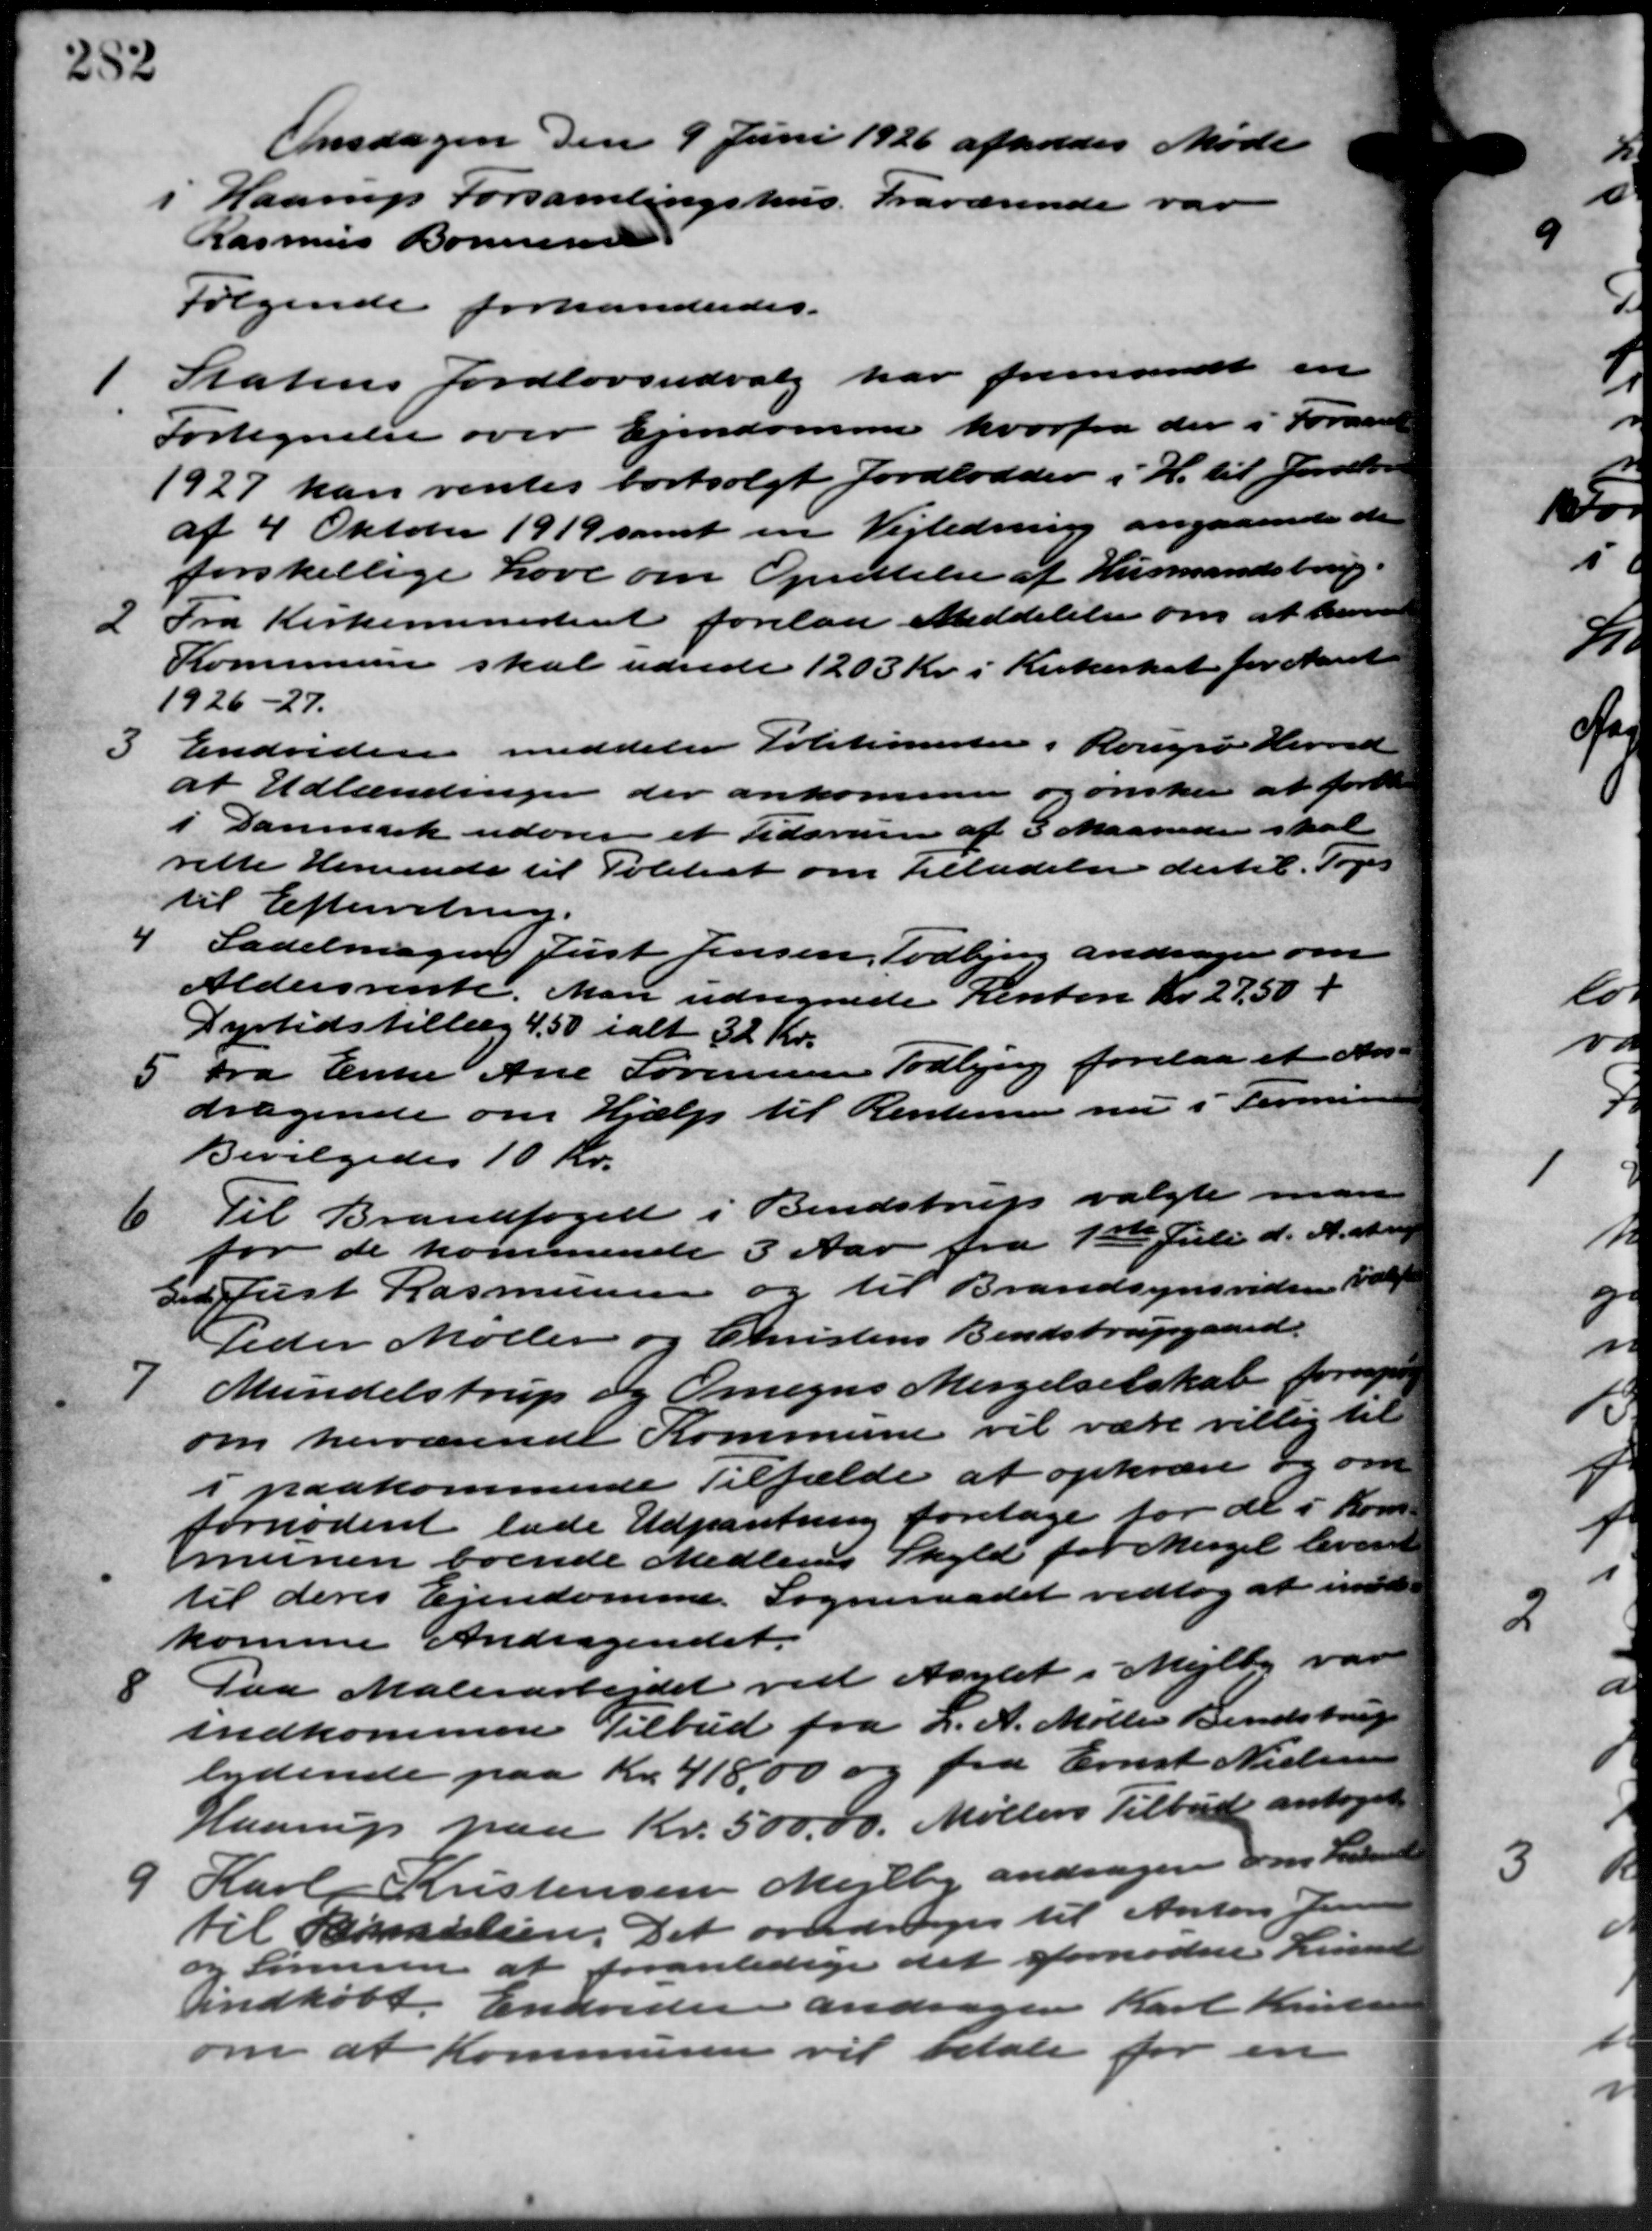
Transskription:
Onsdagen den 9 Juni 1926 afholdes Møde
i Haarup Forsamlingshus. Fraværende var
Rasmus Bonnesen
Følgende forhandledes.

Statens Jordlovsudvalg har fremsendt en
Fortegnelse over Ejendomme hvorfra der i Foraaret
1927 kan ventes bortsolgt Jordlodder i H. til Jordbor
af 4 Oktober 1919 samt en Vejledning angaaende den
forskellige Love om Oprettelse af Husmandsbrug.
2
Fra Kirkeministeriet forelaa Meddelelse om at bev
Kommunen skal udrede 1203 Kr. i Kirkeskat for Aaret
1926-27.
3
Endvidere meddeler Politimestere i Rougsø Herred
at Udlændingen der ankommen og ønsker at forel
i Danmark udover et Tidsrum af 3 Maaneder skal
rette Henvende til Politiet om Tilladelse dertil. Toges
til Efterretning.
4
Sadelmager Just Jensen, Todbjerg andrager om
Aldersrente. Man udregnede Renten Kr. 27,50 +
Dyrtidstillæg 4,50 ialt 32 Kr.
5 Fra Enke Ane Sørensen Todbjerg forelaa et An-
5 Fra Enke Ane Sørensen Todbjerg forelaa et An-
dragende om Hjælp til Renterne nu i Termin
Bevilgedes 10 Kr.
6
Til Brandfoged i Bendstrup valgte man
for de kommende 3 Aar fra 1ste Juli d. A. at n
tid Just Rasmussen og til Brandsynsvideren valgt
Peder Møller og Christens Bendstrupgaard.
7
Mundelstrup og Omegns Mergelselskab fornye
om herværende Kommune vil være villig til
i paakommende Tilfælde at opkræve og om
fornødent lade Udpantning foretage for de i Kom
munen boende Medlems Skyld for Mergel leveret
til deres Ejendomme. Sogneraadet vedtog at imøde
komme Andragendet.

Paa Malerarbejdet ved Asylet i Mejlby vare
indkommen Tilbud fra L. A. Møller Bendstrup
lydende paa Kr. 418,00 og fra Ernst Nielsen
Haarup paa Kr. 500.00. Møllers Tilbud antaget
9
Karl Kristensen Mejlby andrager om Lidende
til Familien. Det overdroges til Anton Jensen
og Sørensen at foranledige det fornødne Linie
Indkøbt. Endvidere andrager Karl Kristensen
om at Kommunen vil betale for en